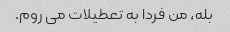
بله، من فردا به تعطیلات می روم.